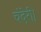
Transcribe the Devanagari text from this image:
चंदेरी।